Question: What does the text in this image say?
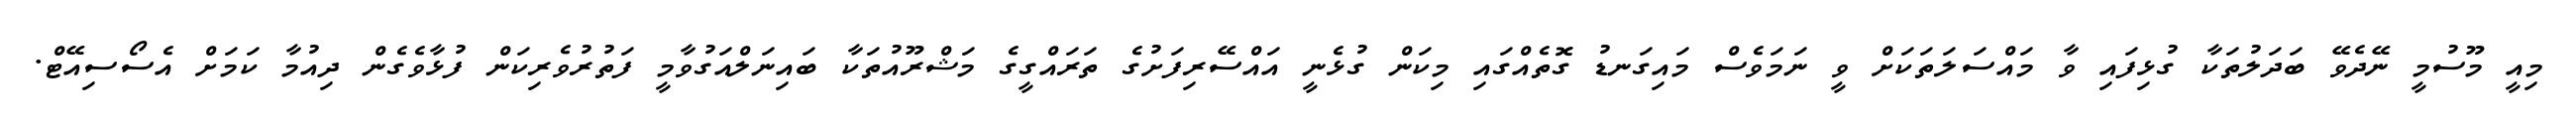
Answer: މިއީ މޫސުމީ ނޭދެވޭ ބަދަލުތަކާ ގުޅިފައި ވާ މައްސަލަތަކަށް ވީ ނަމަވެސް މައިގަނޑު ގޮތެއްގައި މިކަން ގުޅެނީ އައްސޭރިފަށުގެ ތަރައްގީގެ މަޝްރޫއުތަކާ ބައިނަލްއަގުވާމީ ފަތުރުވެރިކަން ފުޅާވެގެން ދިއުމާ ކަމަށް އެސޯސިއޭޓް.